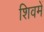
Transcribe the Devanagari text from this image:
शिवमें